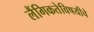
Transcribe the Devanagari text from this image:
लैंगिकतेविषयीचे